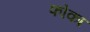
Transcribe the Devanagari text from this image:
फोका